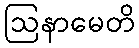
ဩနာမေတိ